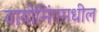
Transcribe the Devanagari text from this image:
वायोमिंगमधील